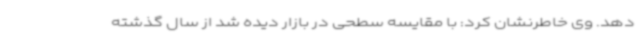
دهد. وی خاطرنشان کرد: با مقایسه سطحی در بازار دیده شد از سال گذشته